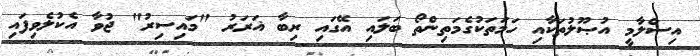
އިސްލާމީ އުޞޫލުތަކާއި ހަމަތަކުގެމަތިންތޯ ބަލައި އޭގައި ރިބާ ޣަރަރު "މައިސިރު" ޖުވާ އެކުލެވިފައި